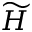
\widetilde { H }